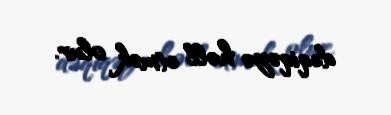
dəqiqəyə həll etmək olur.